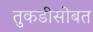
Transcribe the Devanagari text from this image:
तुकडीसोबत